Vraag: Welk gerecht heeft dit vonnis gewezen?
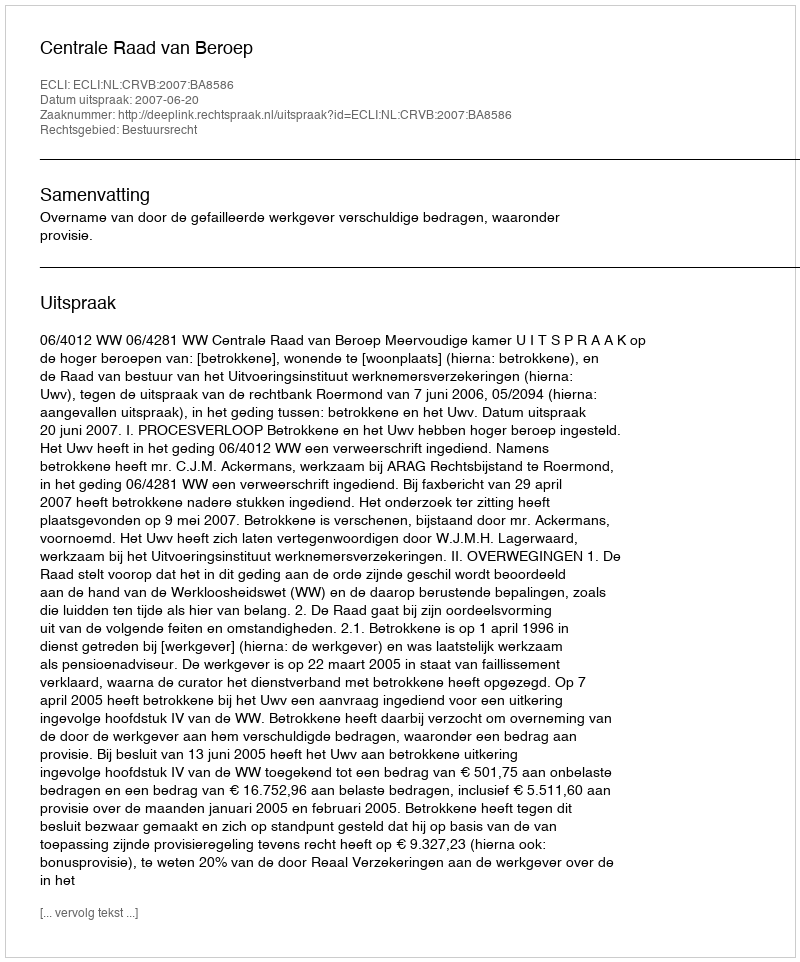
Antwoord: Centrale Raad van Beroep